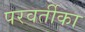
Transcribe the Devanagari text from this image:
परवर्तीका